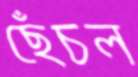
ছেঁচল